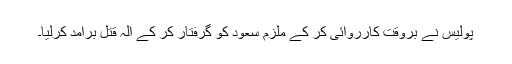
پولیس نے بروقت کارروائی کر کے ملزم سعود کو گرفتار کر کے آلہ قتل برآمد کرلیا۔